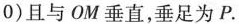
0)且与OM垂直，垂足为P.